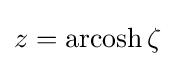
z=\operatorname {arcosh} \zeta